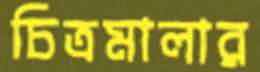
চিত্রমালার